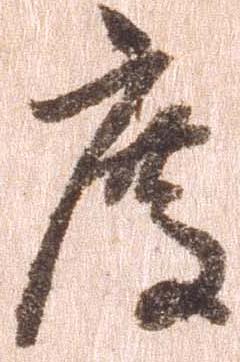
度